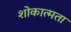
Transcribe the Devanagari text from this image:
शोकात्मता